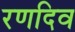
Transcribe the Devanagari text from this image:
रणदिव